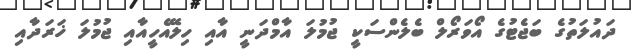
ދައުލަތުގެ ބަޖެޓުގެ އޯވަރޯލް ބެލެންސަކީ ޖުމުލަ އާމްދަނީ އާއި ހިލޭއެހީއާއި ޖުމުލަ ޚަރަދާއި